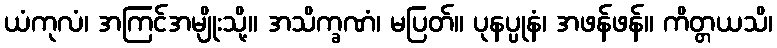
ယံကုလံ၊ အကြင်အမျိုးသို့။ အသိက္ခဏံ၊ မပြတ်။ ပုနပ္ပုနံ၊ အဖန်ဖန်။ ကိတ္တယသိ၊